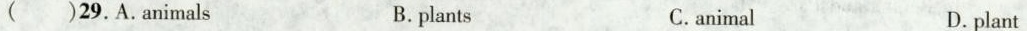
() 29.A.animals B.plants C.animal D.plant